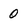
Character: 0